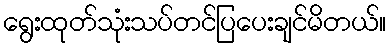
ရွေးထုတ်သုံးသပ်တင်ပြပေးချင်မိတယ်။